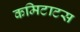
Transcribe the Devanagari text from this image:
कमिटाटस